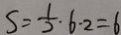
S = \frac { 1 } { 2 } \cdot 6 \cdot 2 = 6